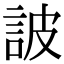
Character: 詖